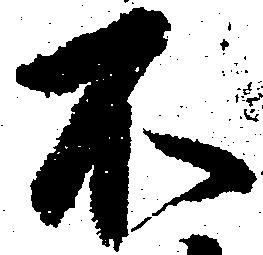
不